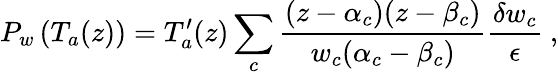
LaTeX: P_{w}\left(T_{a}(z)\right)=T_{a}^{\prime}(z)\sum_{c}\frac{(z-\alpha_{c})(z-\beta_{c})}{w_{c}(\alpha_{c}-\beta_{c})}\frac{\delta w_{c}}{\epsilon}\ ,